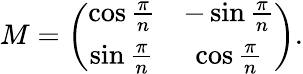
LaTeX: M=\left(\begin{array}{cc}{{\cos\frac{\pi}{n}}}&{{-\sin\frac{\pi}{n}}}\\ {{\sin\frac{\pi}{n}}}&{{\cos\frac{\pi}{n}}}\end{array}\right).